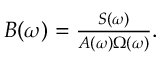
\begin{array} { r } { B ( \omega ) = \frac { S ( \omega ) } { A ( \omega ) \Omega ( \omega ) } . } \end{array}